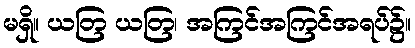
မရှိ။ ယတြ ယတြ၊ အကြင်အကြင်အရပ်၌။